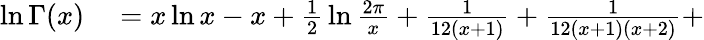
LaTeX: \begin{array}{rl}{\ln\Gamma(x)}&{{}=x\ln x-x+{\frac{1}{2}}\ln{\frac{2\pi}{x}}+{\frac{1}{12(x+1)}}+{\frac{1}{12(x+1)(x+2)}}+}\end{array}